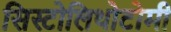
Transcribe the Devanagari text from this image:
सिस्टोलिथोटोमी